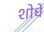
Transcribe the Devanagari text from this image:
शोधे